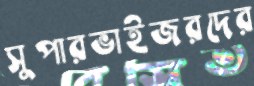
সুপারভাইজরদের